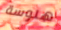
هلوسة